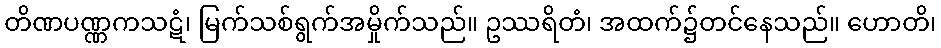
တိဏပဏ္ဏကသဋံ၊ မြက်သစ်ရွက်အမှိုက်သည်။ ဥဿရိတံ၊ အထက်၌တင်နေသည်။ ဟောတိ၊